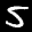
Label: 5